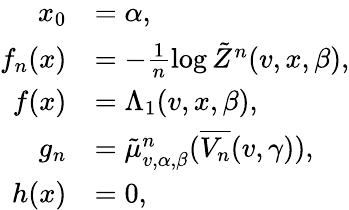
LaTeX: \begin{array}{rl}{x_{0}}&{=\alpha,}\\ {f_{n}(x)}&{=-\frac{1}{n}\log\tilde{Z}^{n}(v,x,\beta),}\\ {f(x)}&{=\Lambda_{1}(v,x,\beta),}\\ {g_{n}}&{=\tilde{\mu}_{v,\alpha,\beta}^{n}(\overline{{V_{n}}}(v,\gamma)),}\\ {h(x)}&{=0,}\end{array}